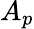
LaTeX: A_{p}